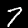
Digit: 7